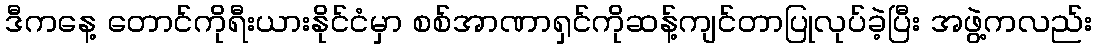
ဒီကနေ့ တောင်ကိုရီးယားနိုင်ငံမှာ စစ်အာဏာရှင်ကိုဆန့်ကျင်တာပြုလုပ်ခဲ့ပြီး အဖွဲ့ကလည်း